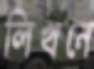
লিখনে